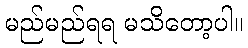
မည်မည်ရရ မသိတော့ပါ။